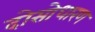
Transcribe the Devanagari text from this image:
दोसोधारण